Document type: Sale
Year: 1326
Scribe: Bartomeu Marc
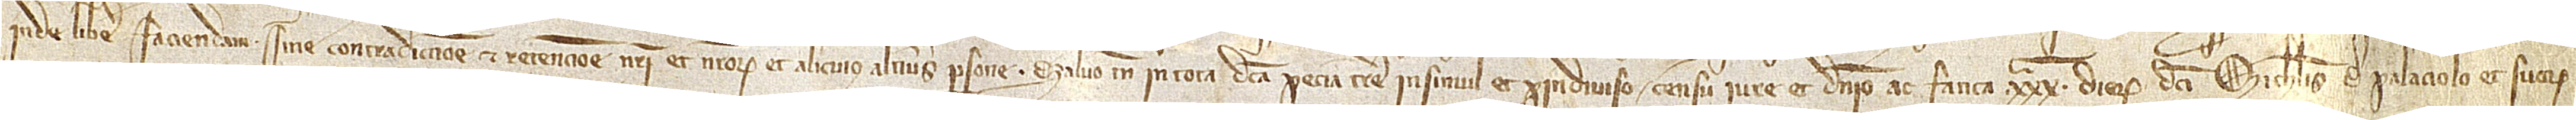
inde libere faciendam, sine contradictione et retencione nostri et nostrorum et alicuius alterius persone. Salvo tamen in tota dicta pecia terre in simul et proindiviso censu, iure et dominio ac fatica XXXº dierum dicti Michaelis de Palaciolo et suorum